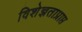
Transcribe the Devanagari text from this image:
विशेज्ञताप्राप्त